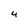
Character: 4